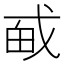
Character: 𪭎